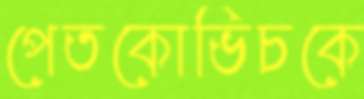
পেতকোভিচকে